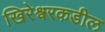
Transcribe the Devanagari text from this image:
खिरेश्वरकडील